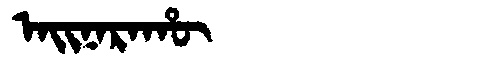
Manchu: ᠠᡳᠨᠠᡵᠠᡥᡡ
Romanization: AINARAHŪ